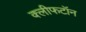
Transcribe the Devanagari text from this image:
क्लीफटॉन